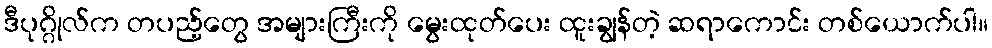
ဒီပုဂ္ဂိုလ်က တပည့်တွေ အများကြီးကို မွေးထုတ်ပေး ထူးချွန်တဲ့ ဆရာကောင်း တစ်ယောက်ပါ။